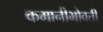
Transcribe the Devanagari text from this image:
कमानीभोवती